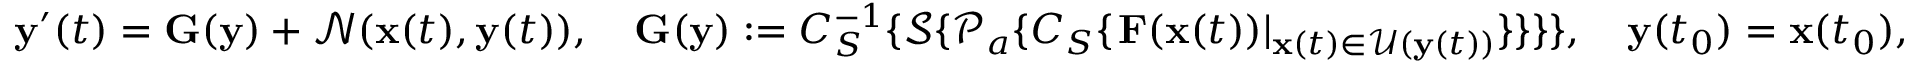
\mathbf { y } ^ { \prime } ( t ) = \mathbf { G } ( \mathbf { y } ) + \mathcal { N } ( \mathbf { x } ( t ) , \mathbf { y } ( t ) ) , \quad \mathbf { G } ( \mathbf { y } ) : = C _ { S } ^ { - 1 } \{ \mathcal { S } \{ \mathcal { P } _ { a } \{ C _ { S } \{ \left. \mathbf { F } ( \mathbf { x } ( t ) ) \right| _ { \mathbf { x } ( t ) \in \mathcal { U } ( \mathbf { y } ( t ) ) } \} \} \} \} , \quad \mathbf { y } ( t _ { 0 } ) = \mathbf { x } ( t _ { 0 } ) ,